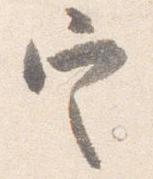
定